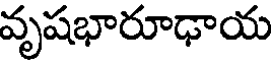
వృషభారూఢాయ